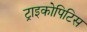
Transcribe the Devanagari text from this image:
ट्राइकोपिटिस